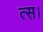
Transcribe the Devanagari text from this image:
त्स।